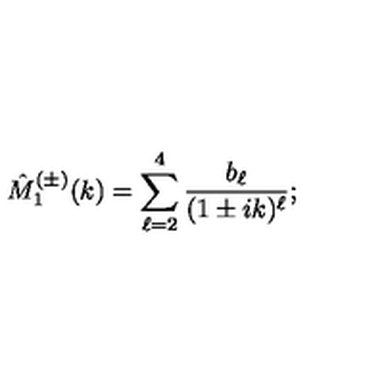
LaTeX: \hat { M } _ { 1 } ^ { ( \pm ) } ( k ) = \sum _ { \ell = 2 } ^ { 4 } \frac { b _ { \ell } } { ( 1 \pm i k ) ^ { \ell } } ;